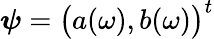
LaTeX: \boldsymbol{\psi}=\bigl(a(\omega),b(\omega)\bigr)^{t}